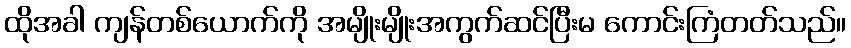
ထိုအခါ ကျန်တစ်ယောက်ကို အမျိုးမျိုးအကွက်ဆင်ပြီးမ ကောင်းကြံတတ်သည်။